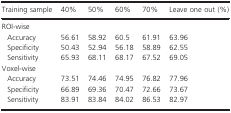
<table><thead><tr><td><b>Training sample</b></td><td><b>40%</b></td><td><b>50%</b></td><td><b>60%</b></td><td><b>70%</b></td><td><b>Leave one out (%)</b></td></tr></thead><tbody><tr><td colspan="6">ROI-wise</td></tr><tr><td> Accuracy</td><td>56.61</td><td>58.92</td><td>60.5</td><td>61.91</td><td>63.96</td></tr><tr><td> Specificity</td><td>50.43</td><td>52.94</td><td>56.18</td><td>58.89</td><td>62.55</td></tr><tr><td> Sensitivity</td><td>65.93</td><td>68.11</td><td>68.17</td><td>67.52</td><td>69.05</td></tr><tr><td colspan="6">Voxel-wise</td></tr><tr><td> Accuracy</td><td>73.51</td><td>74.46</td><td>74.95</td><td>76.82</td><td>77.96</td></tr><tr><td> Specificity</td><td>66.89</td><td>69.36</td><td>70.47</td><td>72.66</td><td>73.67</td></tr><tr><td> Sensitivity</td><td>83.91</td><td>83.84</td><td>84.02</td><td>86.53</td><td>82.97</td></tr></tbody></table>